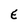
Character: E